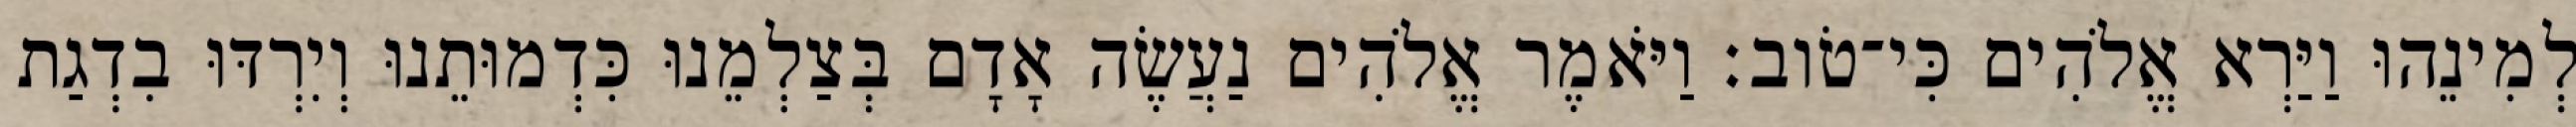
לְמִינֵהוּ וַיַּרְא אֱלֹהִים כִּי־טֹוב׃ וַיֹּאמֶר אֱלֹהִים נַעֲשֶׂה אָדָם בְּצַלְמֵנוּ כִּדְמוּתֵנוּ וְיִרְדּוּ בִדְגַת